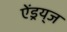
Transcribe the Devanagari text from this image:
ऐंड्रय्‌ज